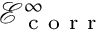
\mathcal { E } _ { \mathrm { ~ c ~ o ~ r ~ r ~ } } ^ { \infty }